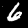
Digit: 6